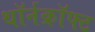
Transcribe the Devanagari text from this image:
थॉर्नक्रॉफ्ट